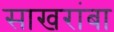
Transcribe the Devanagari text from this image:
साखरांबा